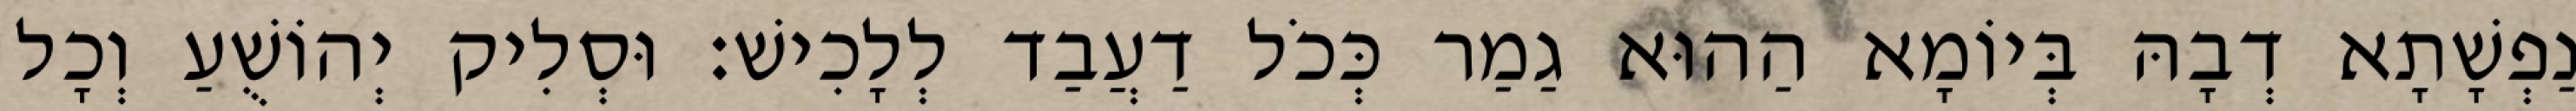
נַפְשָׁתָא דְבָהּ בְּיוֹמָא הַהוּא גַמַר כְּכֹל דַעֲבַד לְלָכִישׁ׃ וּסְלִיק יְהוֹשֻׁעַ וְכָל